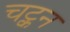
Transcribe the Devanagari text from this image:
चट्कन